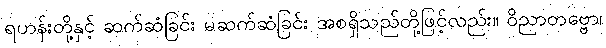
ရဟန်းတို့နှင့် ဆက်ဆံခြင်း မဆက်ဆံခြင်း အစရှိသည်တို့ဖြင့်လည်း။ ဝိညာတဗ္ဗော၊